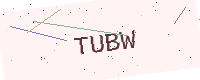
Text: TUBW